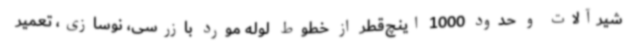
شیرآلات و حدود 1000 اینچ‌قطر از خطوط لوله مورد بازرسی، نوسازی، تعمیر